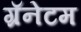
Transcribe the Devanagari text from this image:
ग्रॅनेटम